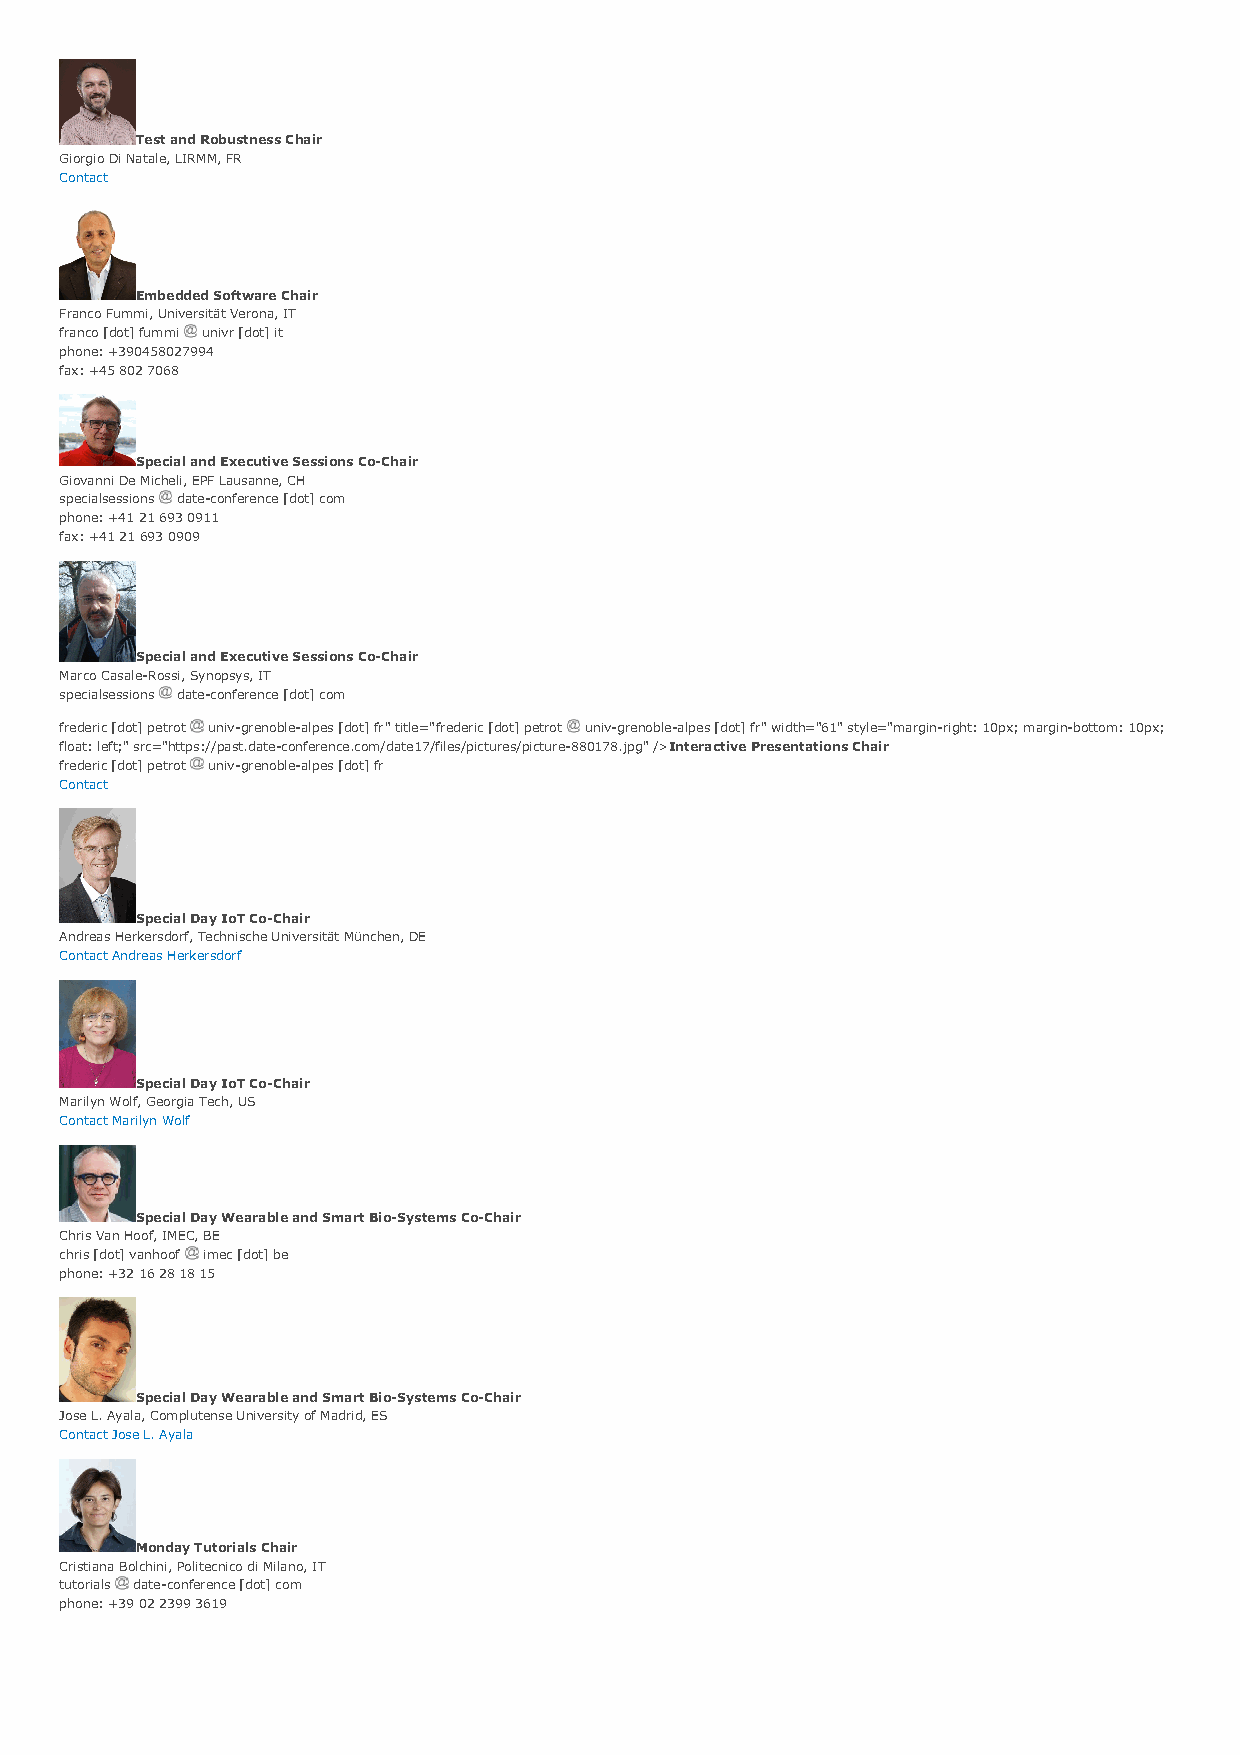
Test and Robustness Chair
 Giorgio Di Natale, LIRMM, FR
 Contact
 Embedded Software Chair
 Franco Fummi, Universität Verona, IT
 franco [dot] fummi univr [dot] it
 phone: +390458027994
 fax: +45 802 7068
 Special and Executive Sessions Co-Chair
 Giovanni De Micheli, EPF Lausanne, CH
 specialsessions date-conference [dot] com
 phone: +41 21 693 0911
 fax: +41 21 693 0909
 Special and Executive Sessions Co-Chair
 Marco Casale-Rossi, Synopsys, IT
 specialsessions date-conference [dot] com
 frederic [dot] petrot univ-grenoble-alpes [dot] fr" title="frederic [dot] petrot univ-grenoble-alpes [dot] fr" width="61" style="margin-right: 10px; margin-bottom: 10px;
 float: left;" src="https://past.date-conference.com/date17/files/pictures/picture-880178.jpg" />Interactive Presentations Chair
 frederic [dot] petrot univ-grenoble-alpes [dot] fr
 Contact
 Special Day IoT Co-Chair
 Andreas Herkersdorf, Technische Universität München, DE
 Contact Andreas Herkersdorf
 Special Day IoT Co-Chair
 Marilyn Wolf, Georgia Tech, US
 Contact Marilyn Wolf
 Special Day Wearable and Smart Bio-Systems Co-Chair
 Chris Van Hoof, IMEC, BE
 chris [dot] vanhoof imec [dot] be
 phone: +32 16 28 18 15
 Special Day Wearable and Smart Bio-Systems Co-Chair
 Jose L. Ayala, Complutense University of Madrid, ES
 Contact Jose L. Ayala
 Monday Tutorials Chair
 Cristiana Bolchini, Politecnico di Milano, IT
 tutorials date-conference [dot] com
 phone: +39 02 2399 3619